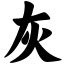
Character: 灰